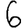
Digit: 6